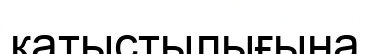
қатыстылығына